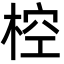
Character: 椌